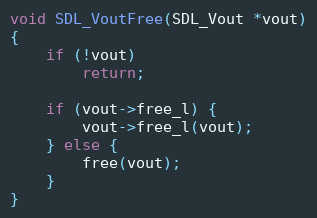
Language: C
void SDL_VoutFree(SDL_Vout *vout)
{
    if (!vout)
        return;

    if (vout->free_l) {
        vout->free_l(vout);
    } else {
        free(vout);
    }
}